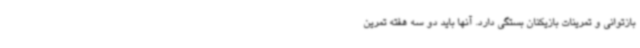
بازتوانی و تمرینات بازیکنان بستگی دارد. آنها باید دو سه هفته تمرین